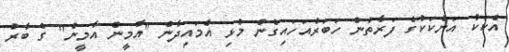
އެކަކު އަނެކަކުގެ ފަރާތުން ހަބަރުއަހައިގެން މުޅި އެމައިދާން "އާމީން އާމީން" ގެ ބާރު